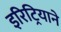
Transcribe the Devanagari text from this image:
इरिट्रियाने